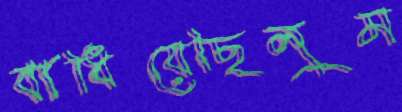
বাধিয়েছিলুম